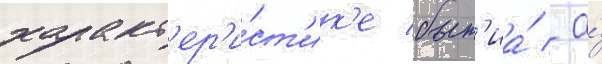
характ'ер'и́ст'ик'е быт'иа́ / а́